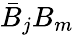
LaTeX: \bar{B}_{j}B_{m}